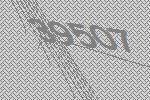
39507